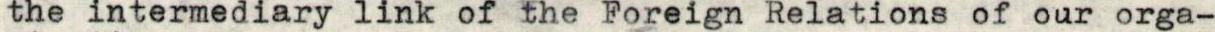
the intermediary link of the Foreign Relations of our orga-